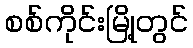
စစ်ကိုင်းမြို့တွင်